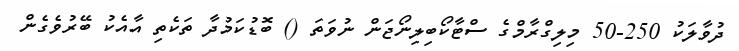
ދުވާލަކު 250-50 މިލިގްރާމްގެ ސްޓާކޯބިލިނޯޖަން ނުވަތަ () ބޮޑުކަމުދާ ތަކެތި އާއެކު ބޭރުވެގެން